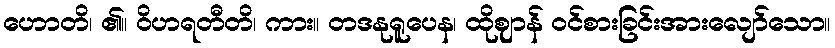
ဟောတိ၊ ၏။ ဝိဟရတီတိ၊ ကား။ တဒနုရူပေန၊ ထိုဈာန် ဝင်စားခြင်းအားလျော်သော။